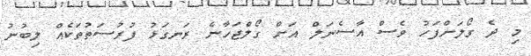
މި ދެ ގޯލަށްފަހު ވެސް އާސެނަލް އަށް ގޯލްޖަހާނެ ރަނގަޅު ފުރުސަތުތަކެއް ލިބުނު